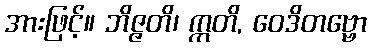
အားဖြင့်။ ဘိဇ္ဇတိ၊ ဣတိ, ဝေဒိတဗ္ဗော